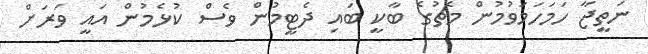
ނަތީޖާ ހަމަހަމަވުމުން މެޗުގެ ބާކީ ބައި ދެޓީމުން ވެސް ކުޅެމުން އައީ ވަރަށް